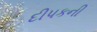
દીપકની